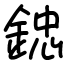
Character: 𨨩